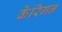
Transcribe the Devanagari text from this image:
केरिगन